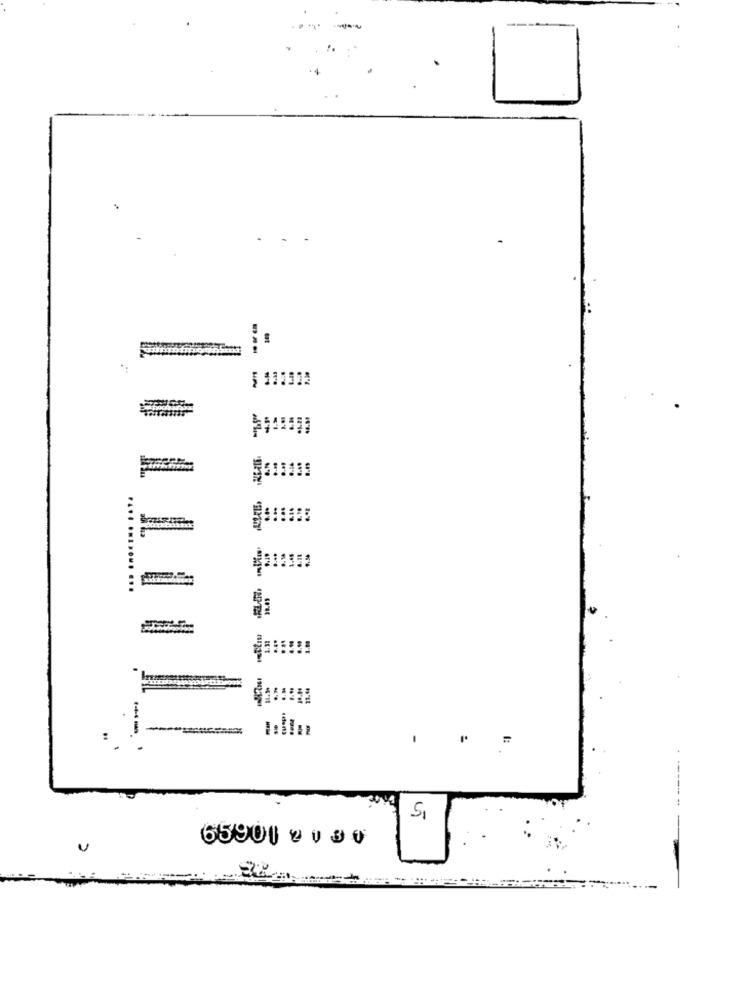
-
.... ....... ...
=:
-
==
:
65901 2 1 30